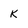
Character: k